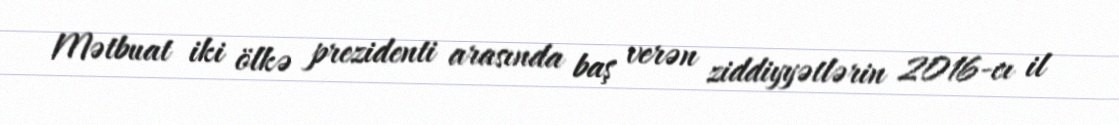
Mətbuat iki ölkə prezidenti arasında baş verən ziddiyyətlərin 2016-cı il